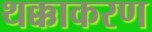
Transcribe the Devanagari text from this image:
थक्काकरण